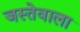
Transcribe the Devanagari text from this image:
जस्तेवाला